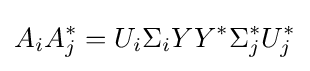
A_{i}A_{j}^{*}=U_{i}\Sigma _{i}YY^{*}\Sigma _{j}^{*}U_{j}^{*}